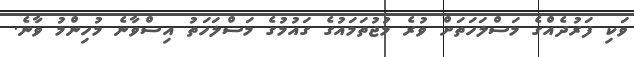
ވަކި ފަރުދެއްގެ މަސްލަހަތަށް ވުރެ މުޖުތަމައުގެ ގައުމުގެ މަސްލަހަތު އިސްވާނެ މުހިންމު ވާނެ.